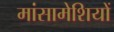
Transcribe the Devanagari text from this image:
मांसामेशियों